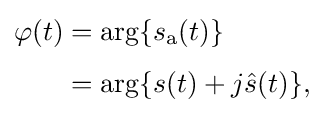
{\begin{aligned}\varphi (t)&=\arg\{s_{\mathrm {a} }(t)\}\\[4pt]&=\arg\{s(t)+j{\hat {s}}(t)\},\end{aligned}}